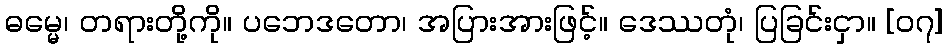
ဓမ္မေ၊ တရားတို့ကို။ ပဘေဒတော၊ အပြားအားဖြင့်။ ဒေဿတုံ၊ ပြခြင်းငှာ။ [၀၇]